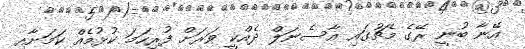
އޭނާ ބުނީ ރޭގެ މެޗުގައި އާސެނަލް ދެއްކީ ވަރަށް ފުރިހަމަ ކުޅުމެއް ކަމަށާއި